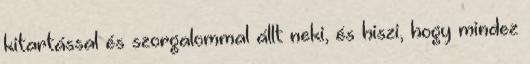
kitartással és szorgalommal állt neki, és hiszi, hogy mindez